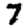
Digit: 7